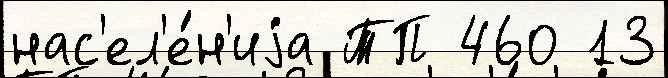
нас'ел'е́н'иjа ТП 460 13